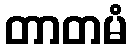
တာတမံ